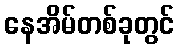
နေအိမ်တစ်ခုတွင်